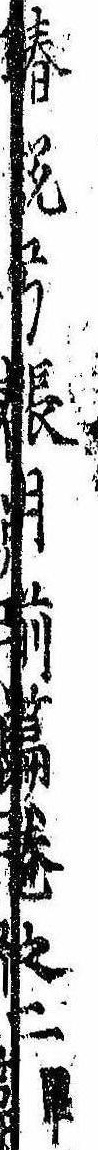
椿説弓張月前篇巻之二畢